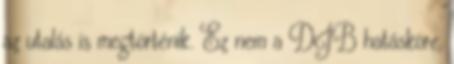
az utalás is megtörténik. Ez nem a DJB hatásköre,